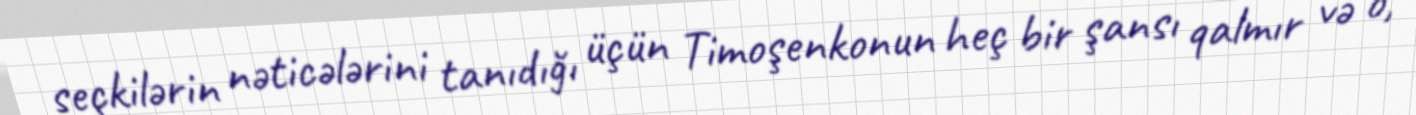
seçkilərin nəticələrini tanıdığı üçün Timoşenkonun heç bir şansı qalmır və o,